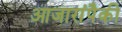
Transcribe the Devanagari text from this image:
आजारांपैकी